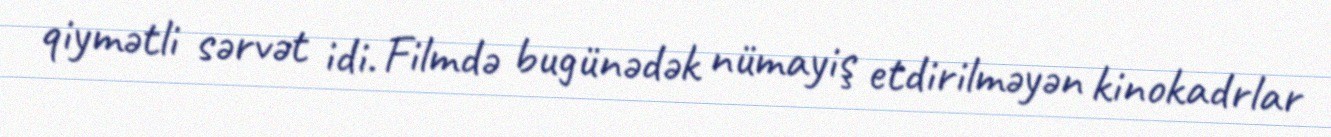
qiymətli sərvət idi. Filmdə bugünədək nümayiş etdirilməyən kinokadrlar